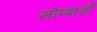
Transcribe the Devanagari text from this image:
लोम्बार्डों